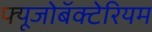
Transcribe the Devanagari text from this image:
फ्यूजोबॅक्टेरियम